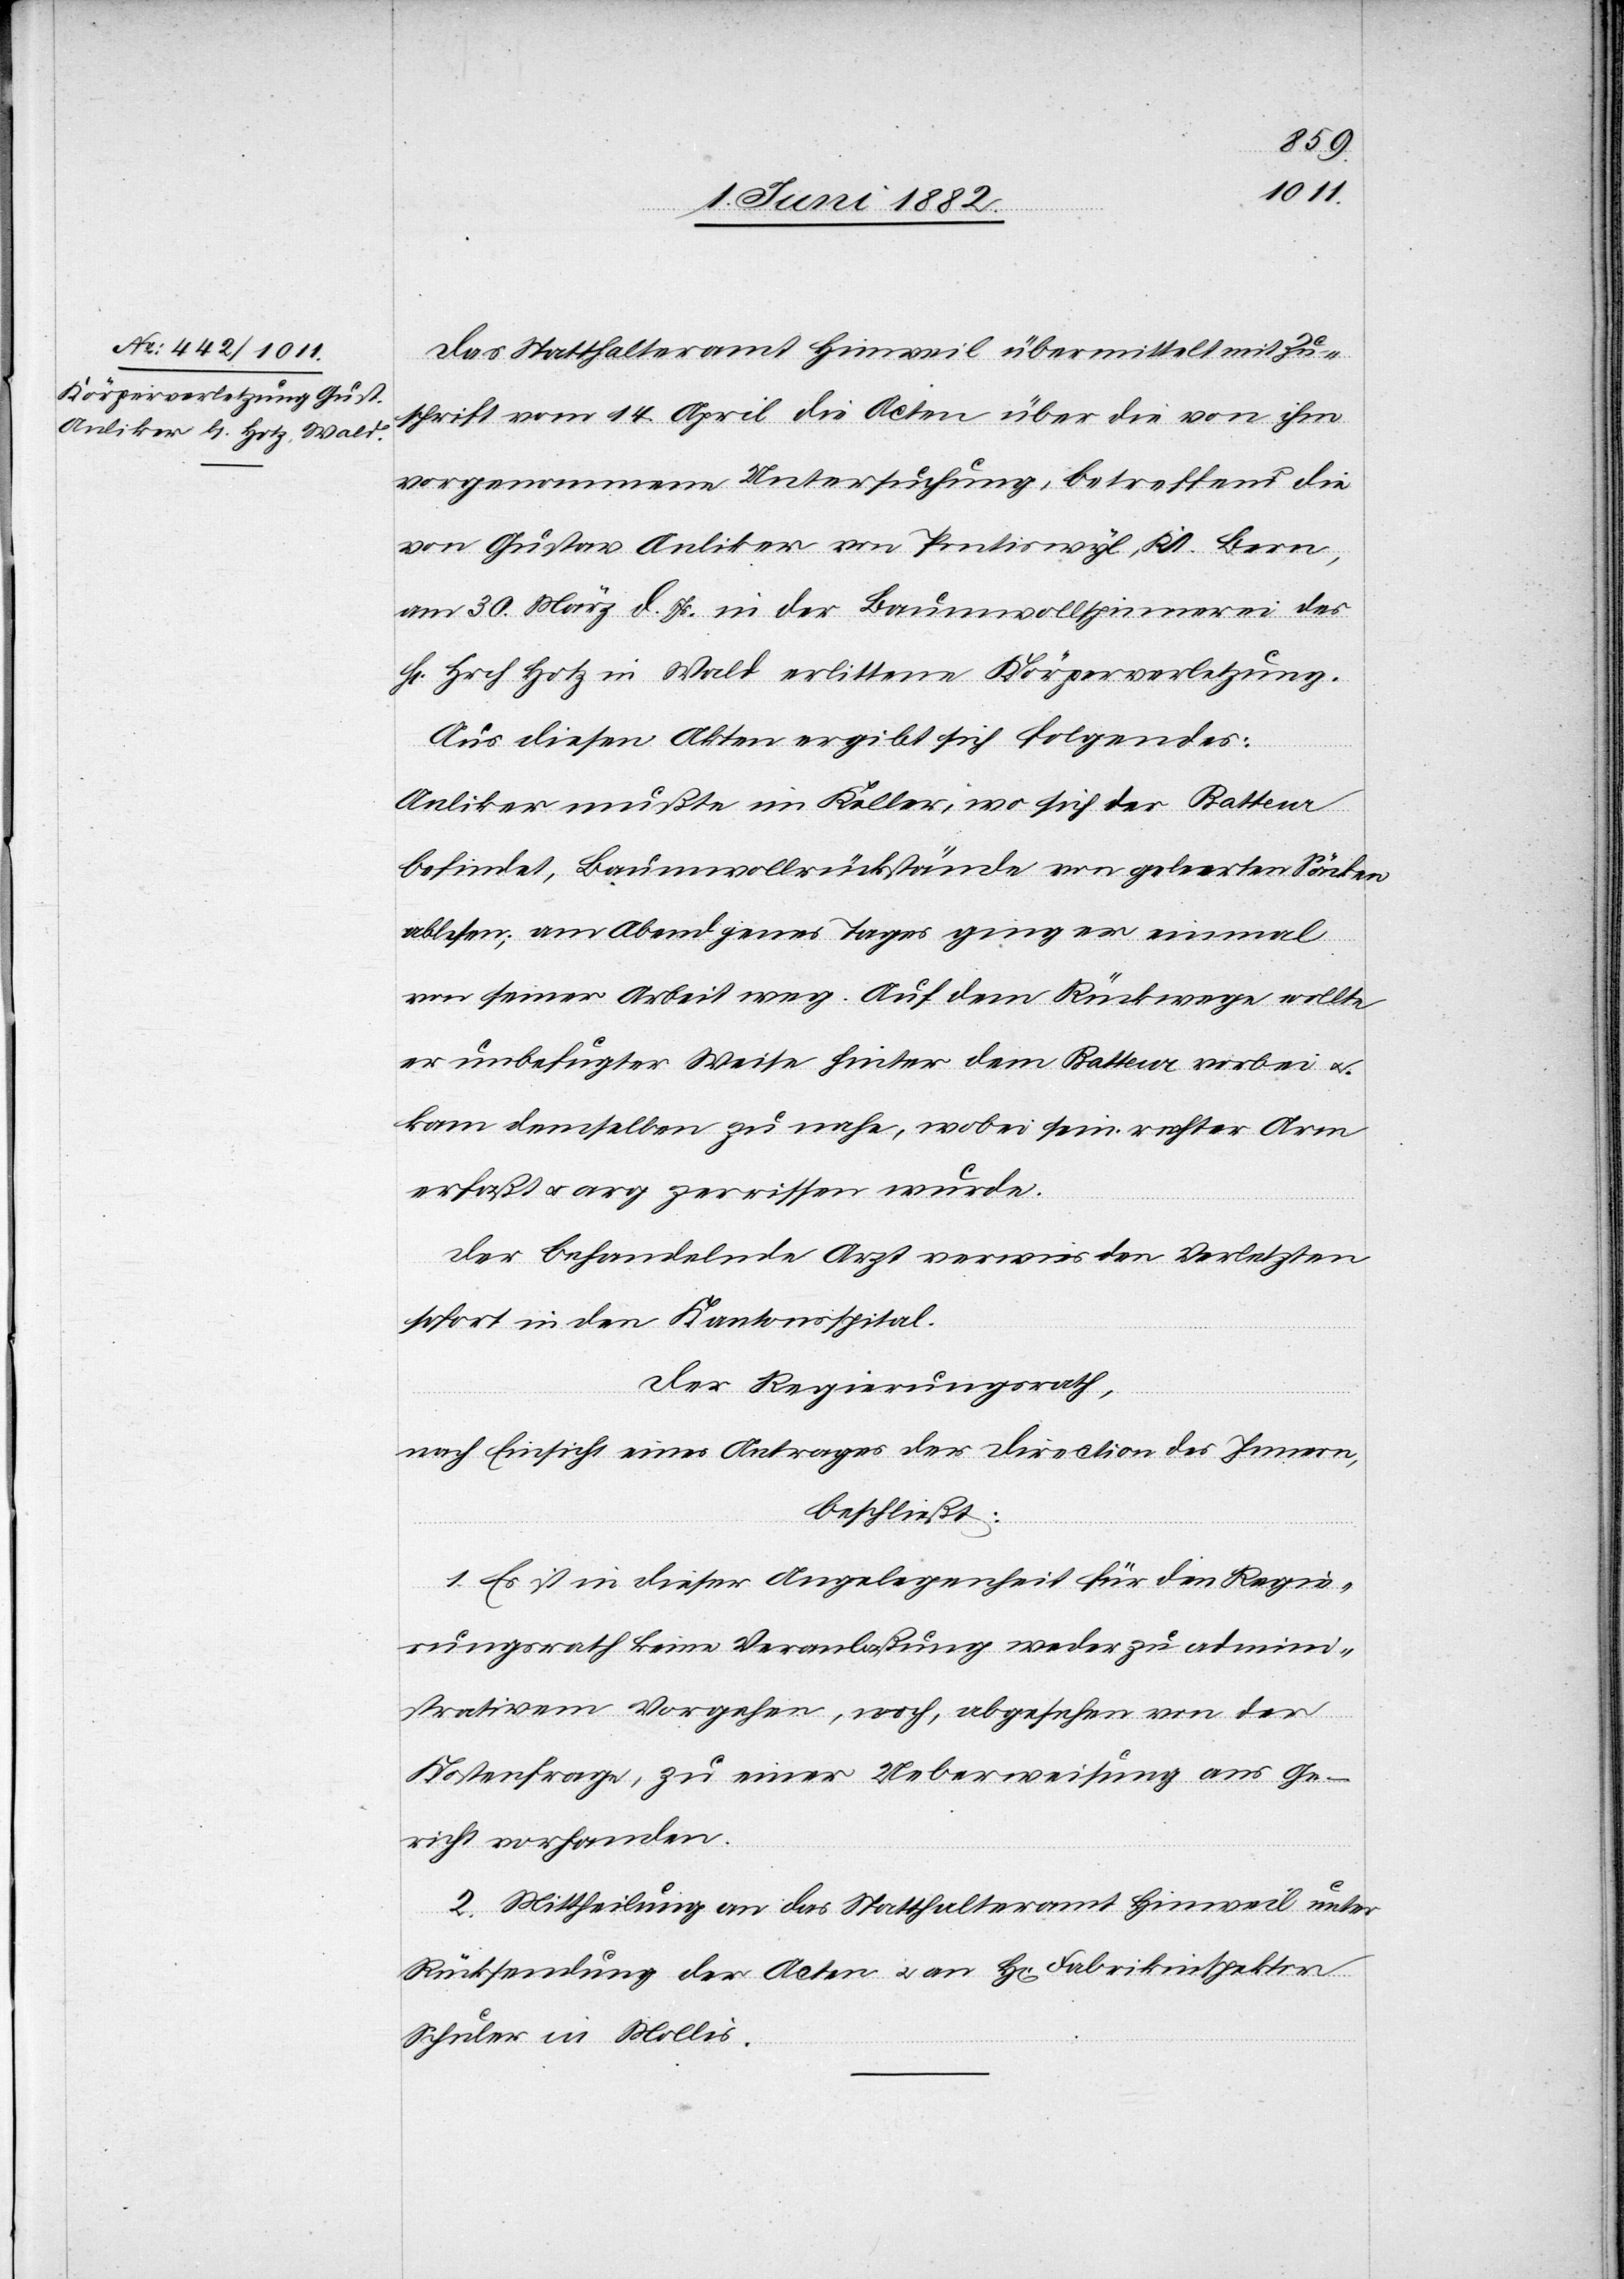
Das Statthalteramt Hinweil übermittelt mit Zu¬
schrift vom 14. April die Acten über die von ihm
vorgenommene Untersuchung, betreffend die
von Gustav Anliker von Pontiswyl, Kt. Bern,
am 30. März d. Js. in der Baumwollspinnerei des
H[rn]. Hrch. Hotz in Wald erlittene Körperverletzung.
Aus diesen Akten ergibt sich Folgendes:
Anliker mußte im Keller, wo sich der Batteur
befindet, Baumwollrückstände von geleerten Säcke
ablesen; am Abend jenes Tages ging er einmal
von seiner Arbeit weg. Auf dem Rückwege wollte
er unbefugter Weise hinter dem Batteur vorbei u.
kam semselben zu nahe, wobei sein rechter Arm
erfaßt u. arg zerrissen wurde.
Der behandelte Arzt verwies den Verletzten
sofort in den Kantonsspital.
Der Regierungsrath,
nach Einsicht eines Antrages der Direction des Innern,
beschließt:
1. Es ist in dieser Angelegenheit für den Regie¬
rungsrath keine Veranlaßung weder zu admini¬
strativem Vorgehen, noch, abgesehen von der
Kostenfrage, zu einer Ueberweisung ans Ge¬
richt vorhanden.
2. Mittheilung an das Statthalteramt Hinweil unter
Rücksendung der Acten u. an H[rn]. Fabrikinspektor
Schuler in Mollis.